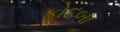
કોદબા